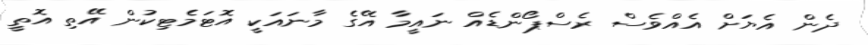
ދެން އެޔަށް އެއްވެސް ރެސްޕޯންޑެއް ނައީމާ އޭގެ މާނައަކީ އޮޓަމެޓިކުން އޭތި އޮތީ